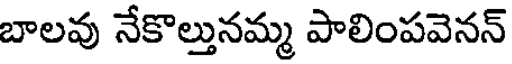
బాలవు నేకొల్తునమ్మ పాలింపవెనన్